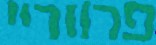
פרווריי